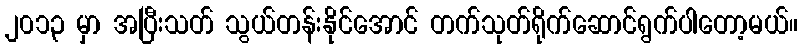
၂၀၁၃ မှာ အပြီးသတ် သွယ်တန်းနိုင်အောင် တက်သုတ်ရိုက်ဆောင်ရွက်ပါတော့မယ်။